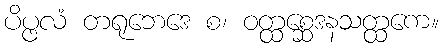
ပိပ္ဖလံ တရုဘေဒေ စ၊ ဝတ္ထစ္ဆေဒနသတ္ထကေ။